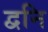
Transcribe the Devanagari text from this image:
द्वनि